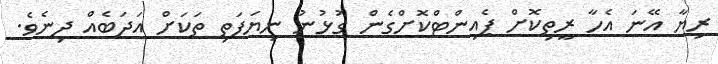
ރިޔާ އޭނަ އެހާ ރީތިކޮށް ޕެއިންޓްކޮށްގެން ގުޅުނު ނިޔަފަތި ތަކަށް އަދަބެއް ދިނެވެ.